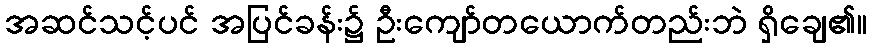
အဆင်သင့်ပင် အပြင်ခန်း၌ ဦးကျော်တယောက်တည်းဘဲ ရှိချေ၏။